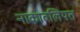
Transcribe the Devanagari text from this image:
नाकाबलियत